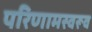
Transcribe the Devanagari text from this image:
परिणामस्वरूव